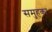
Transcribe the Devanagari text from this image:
समुहका